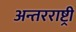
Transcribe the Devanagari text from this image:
अन्तरराष्ट्री